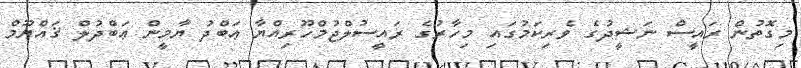
މިގޮތުން ރައީސް ނަޝީދުގެ ވެރިކަމުގައި މިހާރުގެ ރައީސުލްޖުމްހޫރިއްޔާ ޢަބްދު ޔާމީން ޢަބްދުލް ޤައްޔޫމް